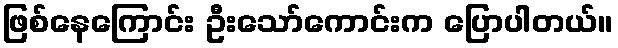
ဖြစ်နေကြောင်း ဦးသော်ကောင်းက ပြောပါတယ်။